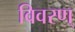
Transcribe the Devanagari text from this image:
विवरण्